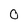
Character: 0